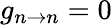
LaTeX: g_{n\rightarrow n}=0